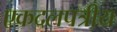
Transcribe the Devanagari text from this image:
एकदलपत्रीय